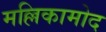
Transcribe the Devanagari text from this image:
मल्लिकामोद